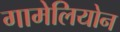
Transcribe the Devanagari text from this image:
गामेलियोन